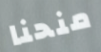
منحنا